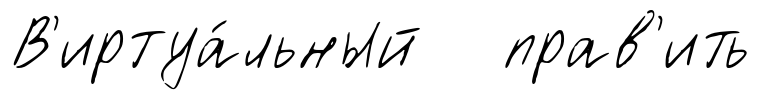
В'иртуа́льный прав'ить